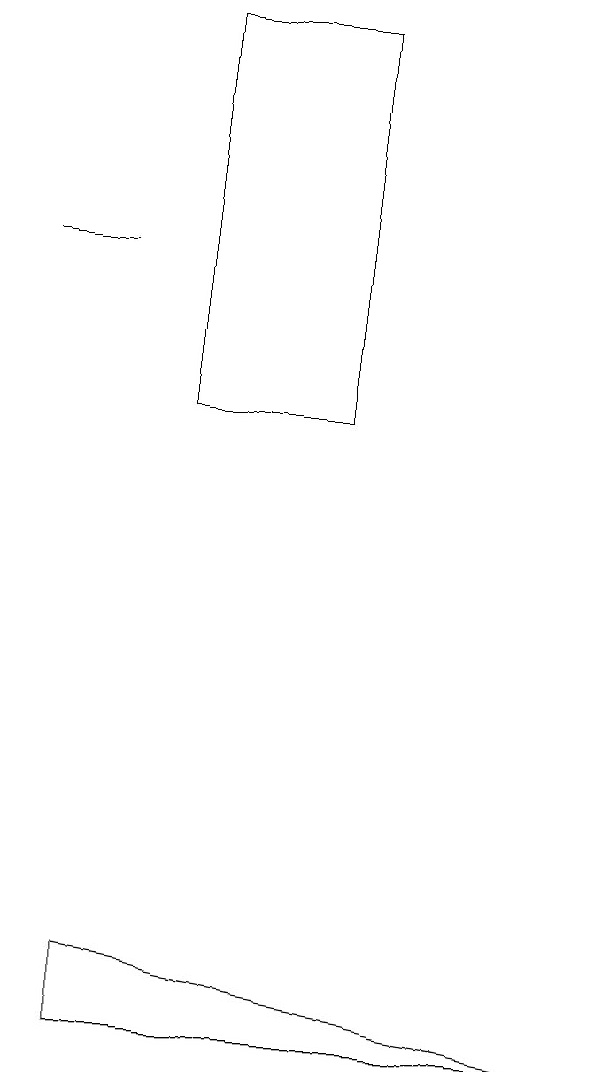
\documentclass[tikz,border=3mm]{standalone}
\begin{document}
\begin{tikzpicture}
\draw (9,3) -- (3,3) -- (3,4) -- cycle;
\draw (6,11) rectangle (4,16);
\draw (2,13) rectangle (3,13);
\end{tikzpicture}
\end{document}